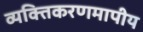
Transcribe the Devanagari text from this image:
व्यक्तिकरणमापीय